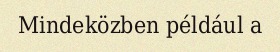
Mindeközben például a